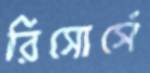
রিসোর্সে